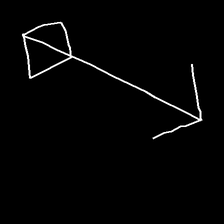
Glyph: focus